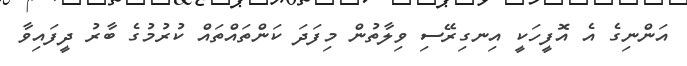
އަންނިގެ އެ އޮފީހަކީ އިނގިރޭސި ވިލާތުން މިފަދަ ކަންތައްތައް ކުރުމުގެ ބާރު ދީފައިވާ